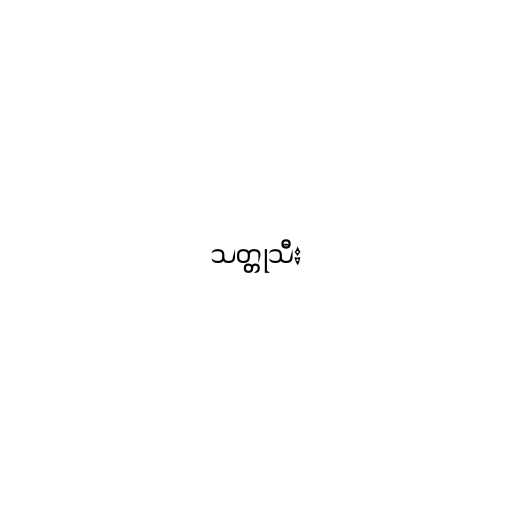
သတ္တုသီး